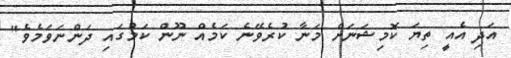
އަދި އެއީ ތިޔަ ކޮމިޝަނަށް މަނާ ކުރެވޭނެ ކަމެއް ނޫން ކަމުގައި ދަންނަވަމެވެ"